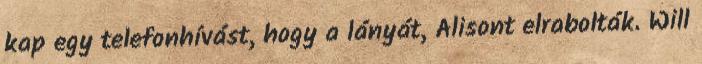
kap egy telefonhívást, hogy a lányát, Alisont elrabolták. Will